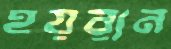
হয়রান